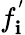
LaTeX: f_{\mathbf{i}}^{'}